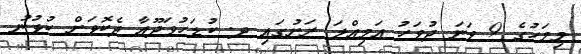
މިމަހުގެ 9 ވަނަ ދުވަހު އަމިއްލަ ރަށުގައި ދ. ކުޑަހުވަދޫއާ ދެކޮޅަށް ކުޅުނު